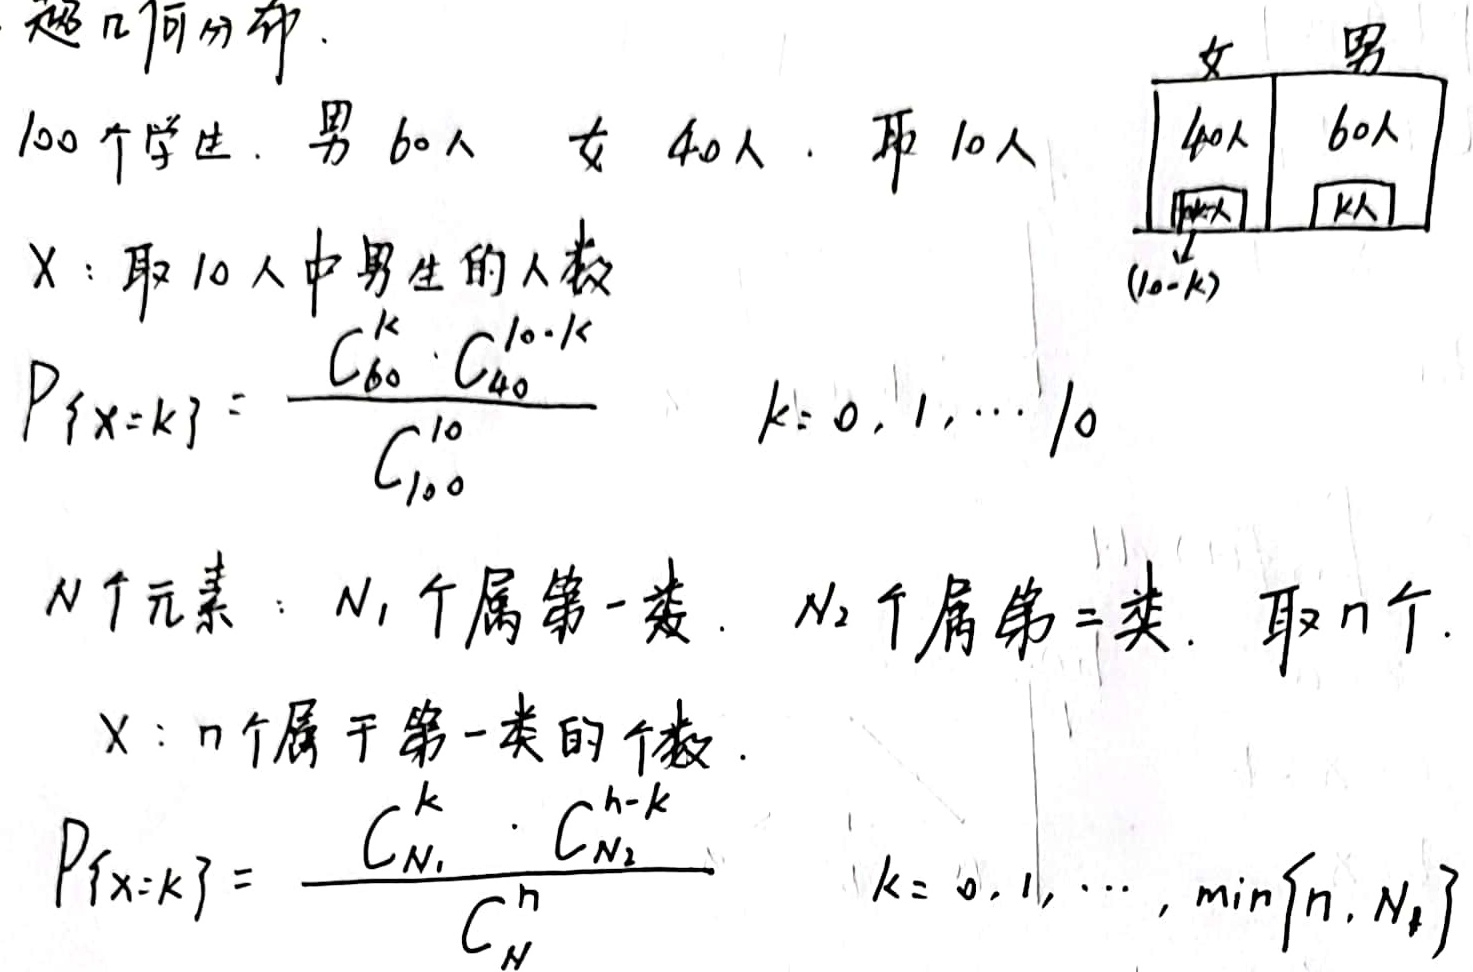
超几何分布。100个学生，男60人，女40人，取10人。\(X\)：取10人中男生的人数
\[P\{X = k\}=\frac{C_{60}^k\cdot C_{40}^{10 - k}}{C_{100}^{10}},k = 0,1,\cdots,10\]
\(N\)个元素：\(N_1\)个属第一类，\(N_2\)个属第二类，取\(n\)个。\(X\)：\(n\)个属于第一类的个数。
\[P\{X = k\}=\frac{C_{N_1}^k\cdot C_{N_2}^{n - k}}{C_{N}^{n}},k = 0,1,\cdots,\min\{n,N_1\}\]